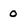
Character: 0